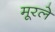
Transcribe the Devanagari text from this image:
मूरले